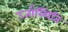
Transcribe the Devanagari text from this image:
उर्जास्थिति